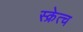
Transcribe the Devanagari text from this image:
स्क्रेत्च